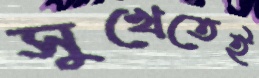
সুখেতেই